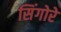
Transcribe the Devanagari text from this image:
सिंगोरे